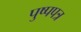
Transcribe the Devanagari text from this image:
पुष्पपत्र